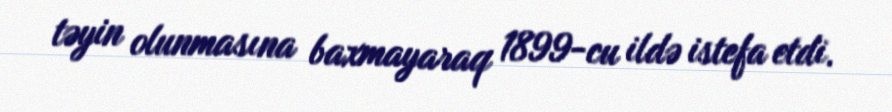
təyin olunmasına baxmayaraq 1899-cu ildə istefa etdi.